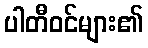
ပါတီဝင်များ၏